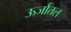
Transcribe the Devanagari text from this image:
ऊर्जातल